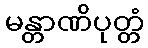
မန္တာဏိပုတ္တံ